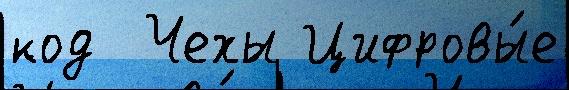
код  Чехы Цифровы́е